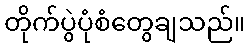
တိုက်ပွဲပုံစံတွေချသည်။